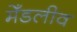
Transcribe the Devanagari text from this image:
मेँडलीव